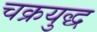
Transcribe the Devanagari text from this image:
चक्रयुद्ध